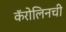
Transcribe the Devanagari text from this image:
कॅरोलिनची